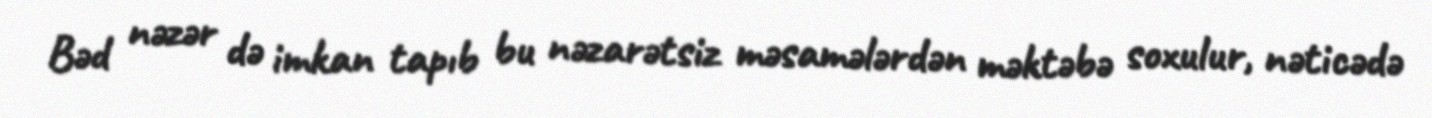
Bəd nəzər də imkan tapıb bu nəzarətsiz məsamələrdən məktəbə soxulur, nəticədə